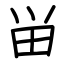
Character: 畄